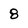
Character: 8